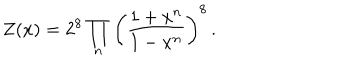
LaTeX: Z ( x ) = 2 ^ { 8 } \prod _ { n } \left( \frac { 1 + x ^ { n } } { 1 - x ^ { n } } \right) ^ { 8 } \, .